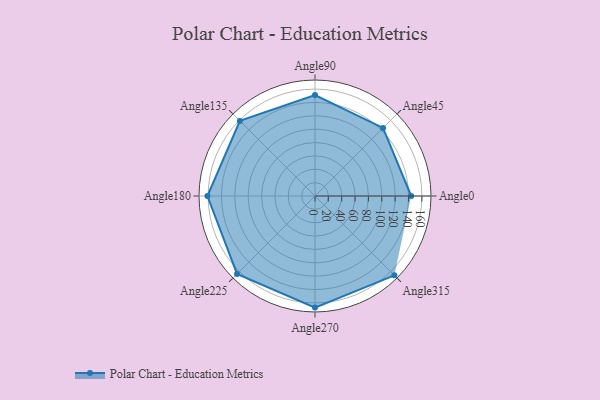
{"axis": {"x": "Angle", "y": "Radius"}, "legend": [""], "data": [{"x": "Angle0", "y": 144.0, "type": ""}, {"x": "Angle45", "y": 144.0, "type": ""}, {"x": "Angle90", "y": 151.0, "type": ""}, {"x": "Angle135", "y": 159.0, "type": ""}, {"x": "Angle180", "y": 161.0, "type": ""}, {"x": "Angle225", "y": 165.0, "type": ""}, {"x": "Angle270", "y": 167.0, "type": ""}, {"x": "Angle315", "y": 168.0, "type": ""}]}